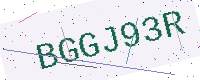
Text: BGGJ93R